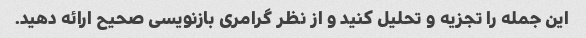
این جمله را تجزیه و تحلیل کنید و از نظر گرامری بازنویسی صحیح ارائه دهید.